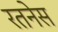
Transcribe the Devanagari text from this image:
रतनेस